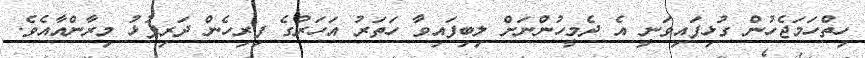
ހިތްހަމަޖެހުން ގުޅިފައިވަނީ އެ ދެމީހުންނަށް ލިބިފައިވާ ހަތަރު އަހަރުގެ ފިރިހެން ދަރިފުޅު މިރާންއާއެވެ.